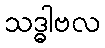
သဒ္ဓါဗလ